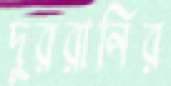
দুররানির